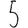
Digit: 5